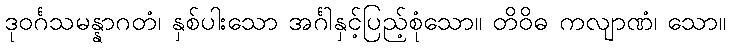
ဒုဝင်္ဂသမန္နာဂတံ၊ နှစ်ပါးသော အင်္ဂါနှင့်ပြည့်စုံသော။ တိဝိဓ ကလျာဏံ၊ သော။